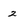
Character: 2